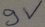
Text: 9V